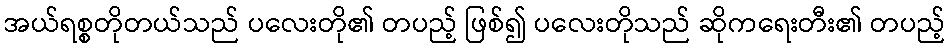
အယ်ရစ္စတိုတယ်သည် ပလေးတို၏ တပည့် ဖြစ်၍ ပလေးတိုသည် ဆိုကရေးတီး၏ တပည့်